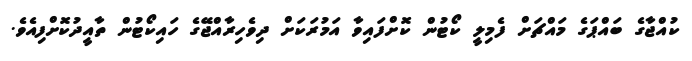
ކުއްޖާގެ ބައްޕަގެ މައްޗަށް ފެމިލީ ކޯޓުން ކޮށްފައިވާ އަމުރަކަށް ދިވެހިރާއްޖޭގެ ހައިކޯޓުން ތާއީދުކޮށްފިއެވެ.